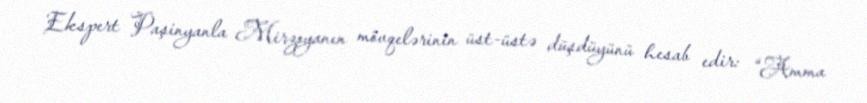
Ekspert Paşinyanla Mirzoyanın mövqelərinin üst-üstə düşdüyünü hesab edir: “Amma